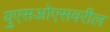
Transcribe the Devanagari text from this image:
युएसओएसवरील